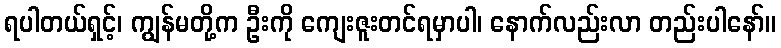
ရပါတယ်ရှင့်၊ ကျွန်မတို့က ဦးကို ကျေးဇူးတင်ရမှာပါ၊ နောက်လည်းလာ တည်းပါနော်။